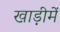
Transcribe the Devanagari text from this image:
खाड़ीमें